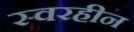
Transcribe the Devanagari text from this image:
स्वरहीन